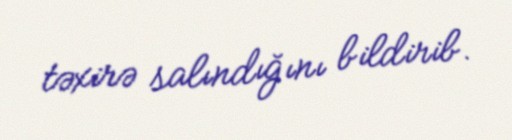
təxirə salındığını bildirib.